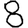
Digit: 8